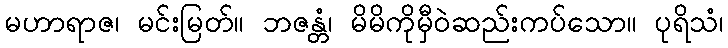
မဟာရာဇ၊ မင်းမြတ်။ ဘဇန္တံ၊ မိမိကိုမှီဝဲဆည်းကပ်သော။ ပုရိသံ၊